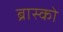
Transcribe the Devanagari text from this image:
ब्रास्को